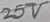
Text: 25V